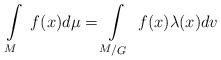
LaTeX: \begin{align*}\int\limits_M \ f(x) d\mu = \int\limits_{\raise 1pt \hbox{$\scriptstyle M$}/ \lower 1pt\hbox{$\scriptstyle G$}} \ f(x)\lambda(x) dv\end{align*}